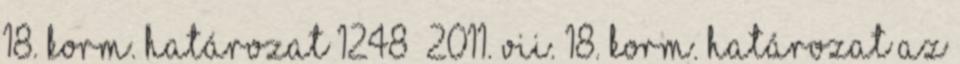
18. Korm. határozat 1248 2011. VII. 18. Korm. határozat az